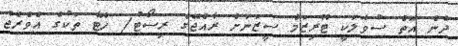
ދެން އޮތް ސުވާލަކީ ޓޫރިޒަމް ސީޒަނަށް ރާއްޖޭގެ ރިސޯޓު/ ހޮޓާ ތަކުގެ އެވްރެޖު